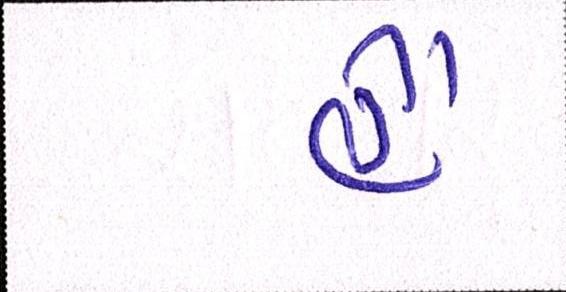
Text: હૈં